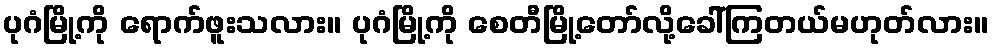
ပုဂံမြို့ကို ရောက်ဖူးသလား။ ပုဂံမြို့ကို စေတီမြို့တော်လို့ခေါ်ကြတယ်မဟုတ်လား။